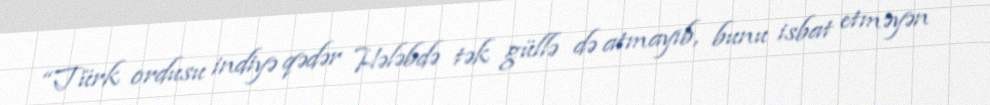
“Türk ordusu indiyə qədər Hələbdə tək güllə də atmayıb, bunu isbat etməyən